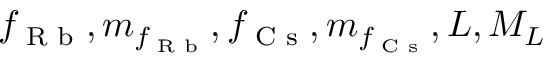
f _ { \textrm { R b } } , m _ { f _ { \textrm { R b } } } , f _ { \textrm { C s } } , m _ { f _ { \textrm { C s } } } , L , M _ { L }